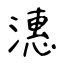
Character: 潓